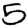
Digit: 5